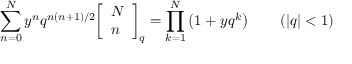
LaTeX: \sum _ { n = 0 } ^ { N } y ^ { n } q ^ { n ( n + 1 ) / 2 } { \left[ \begin{array} { l } { N } \\ { n } \end{array} \right] } _ { q } = \prod _ { k = 1 } ^ { N } \left( 1 + y q ^ { k } \right) \qquad ( | q | < 1 )